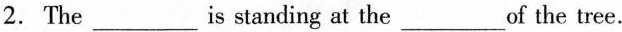
2. The___is standing at the___of the tree.